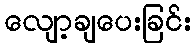
လျော့ချပေးခြင်း